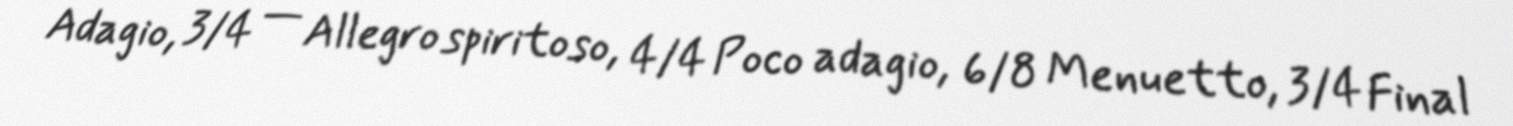
Adagio, 3/4 — Allegro spiritoso, 4/4 Poco adagio, 6/8 Menuetto, 3/4 Final